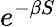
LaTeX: e^{-\beta S}